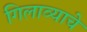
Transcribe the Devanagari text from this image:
गिलाव्याचे